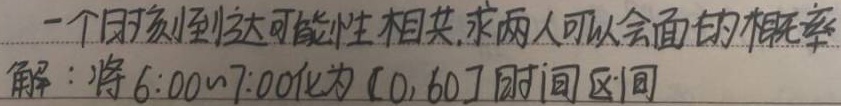
一个时刻到达可能性相等，求两人可以会面的概率。
解：将 \(6:00\sim7:00\) 化为 \([0,60]\) 时间区间